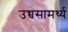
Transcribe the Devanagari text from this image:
उच्चसामर्थ्य